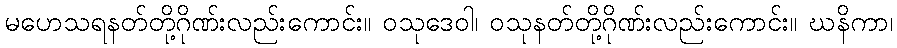
မဟေသရနတ်တို့ဂိုဏ်းလည်းကောင်း။ ဝသုဒေဝါ၊ ဝသုနတ်တို့ဂိုဏ်းလည်းကောင်း။ ဃနိကာ၊